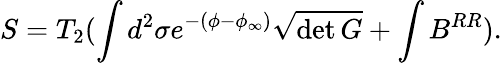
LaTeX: S=T_{2}(\int d^{2}\sigma e^{-(\phi-\phi_{\infty})}\sqrt{\operatorname*{det}{G}}+\int B^{RR}).